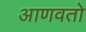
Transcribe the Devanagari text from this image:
आणवतो